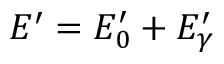
E ^ { \prime } = E _ { 0 } ^ { \prime } + E _ { \gamma } ^ { \prime }